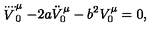
\stackrel { . . . . } V _ { 0 } ^ { \mu } - 2 a \ddot { V } _ { 0 } ^ { \mu } - b ^ { 2 } V _ { 0 } ^ { \mu } = 0 ,